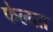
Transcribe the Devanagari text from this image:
फेलता